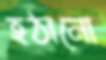
হঠানো